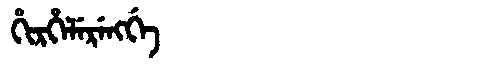
Manchu: ᡥᡳᡵᡥᡝᠯᡝᡵᡝᠩᡤᡝ
Romanization: HIRHELERENGGE